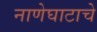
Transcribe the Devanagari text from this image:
नाणेघाटाचे